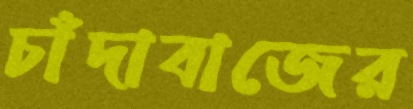
চাঁদাবাজের